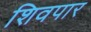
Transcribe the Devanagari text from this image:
शिवपार